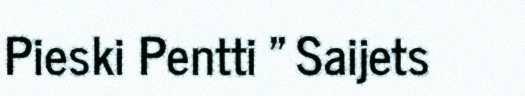
Pieski Pentti " Saijets